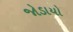
જોડાયો